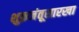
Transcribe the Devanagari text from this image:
शुक्रजंतूसारखा